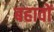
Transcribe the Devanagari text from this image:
बहावों